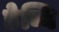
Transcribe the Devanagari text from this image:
डेब्बि